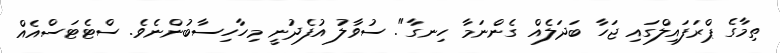
ތިމާގެ ޕްރަފައިލްގައި ޖަހާ ބަދަލެއް ގެންނަމާ ހިނގާ". ސުވާލު އުފެދުނީ މިހާހިސާބުންނެވެ. ސްޓެޓަސްއެއް